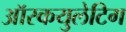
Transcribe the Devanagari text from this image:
ऑस्कयुलेटिग